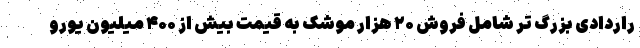
راردادی بزرگ تر شامل فروش ۲۰ هزار موشک به قیمت بیش از ۴۰۰ میلیون یورو